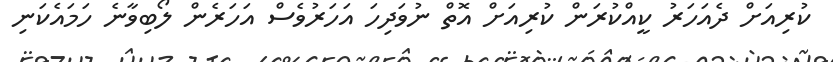
ކުރިއަށް ދެއަހަރު ކީއްކުރަން ކުރިއަށް އޮތް ނުވަދިހަ އަހަރުވެސް އަހަރެން ލޯބިވާނެ ހަމައެކަނި